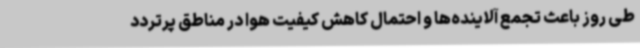
طی روز باعث تجمع آلاینده‌ها و احتمال کاهش کیفیت هوا در مناطق پرتردد